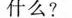
什么?